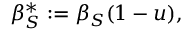
\beta _ { S } ^ { * } \mathrel { \mathop : } = \beta _ { S } ( 1 - u ) ,